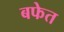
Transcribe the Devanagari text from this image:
बफेत